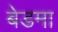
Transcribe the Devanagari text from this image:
बेडमा